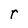
Character: r